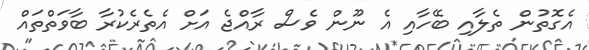
އެގޮތުން ތެލާއި ބޭހާއި އެ ނޫން ވެސް ރާއްޖެ އަށް އެތެރެކުރާ ބާވަތްތައް